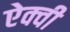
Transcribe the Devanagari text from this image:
ऐक्वी